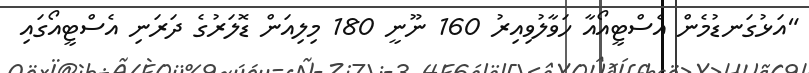
"އަޅުގަނޑުމެން އެސްޓީއޯއާ ހަވާލުވިއިރު 160 ނޫނީ 180 މިލިއަން ޑޮލަރުގެ ދަރަނި އެސްޓީއޯގައި